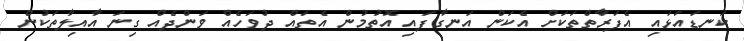
ކަނޑައަޅައި އެފަރާތްތަކަށް އެކަން އަނގާފައި އޮތުމުން އެތައް ދުވަހެއް ވަންދެއް ގިނަ އާއިލާތަކުން